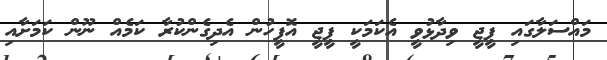
މައްސަލާގައި ޕީޖީ ވިދާޅުވީ އެކަމަކީ ޕީޖީ އޮފީހުން އެދިގެންކުރާ ކަމެއް ނޫން ކަމަށާއި